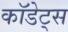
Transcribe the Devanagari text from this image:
कॉडेट्स